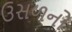
ઉસળનો